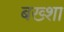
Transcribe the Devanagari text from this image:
बख्‍शा